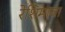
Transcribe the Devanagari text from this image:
रेशिमाचा